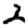
Digit: 2